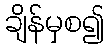
ချိန်မှစ၍